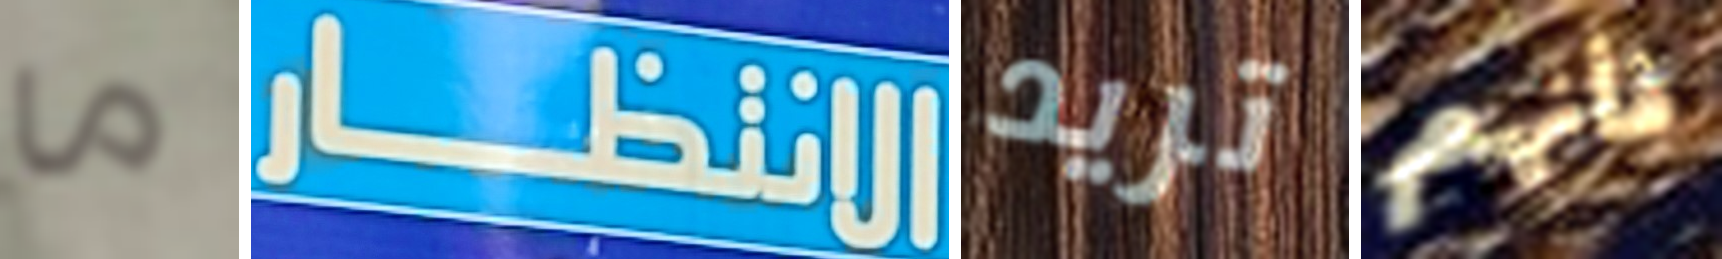
ما الانتظار تريد فأنهم